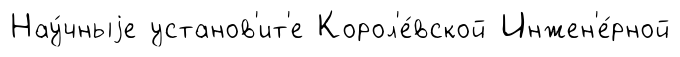
Нау́чныjе установ'ит'е Корол'е́вской Инжен'е́рной